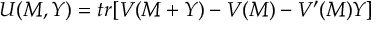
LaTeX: U ( M , Y ) = t r [ { \cal V } ( M + Y ) - { \cal V } ( M ) - { \cal V } ^ { \prime } ( M ) Y ]